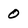
Character: 0